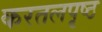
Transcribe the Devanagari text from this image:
करतलपृष्ठ